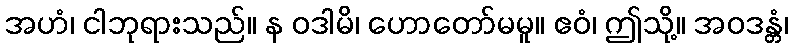
အဟံ၊ ငါဘုရားသည်။ န ဝဒါမိ၊ ဟောတော်မမူ။ ဧဝံ၊ ဤသို့။ အဝဒန္တံ၊